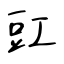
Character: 豇